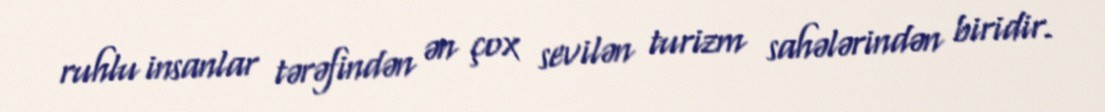
ruhlu insanlar tərəfindən ən çox sevilən turizm sahələrindən biridir.